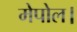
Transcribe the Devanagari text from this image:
मेपोल।